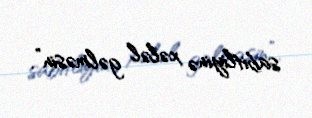
sabitliyinə xələl gəlməsin”.